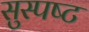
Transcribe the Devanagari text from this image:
सुस्‍पष्‍ट